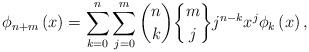
LaTeX: \begin{align*}\phi_{n+m}\left( x\right) =\sum_{k=0}^{n}\sum_{j=0}^{m}\binom{n}{k}\genfrac{\{}{\}}{0pt}{}{m}{j}j^{n-k}x^{j}\phi_{k}\left( x\right) ,\end{align*}